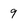
Character: 9